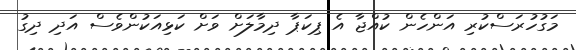
މަގުހުރަސްކުރި އަންހެން ކުއްޖާ އެ ޕިކަޕާ ދިމާލަށް ވަށް ކަޅިއަކުންވެސް އަދި ދިގު